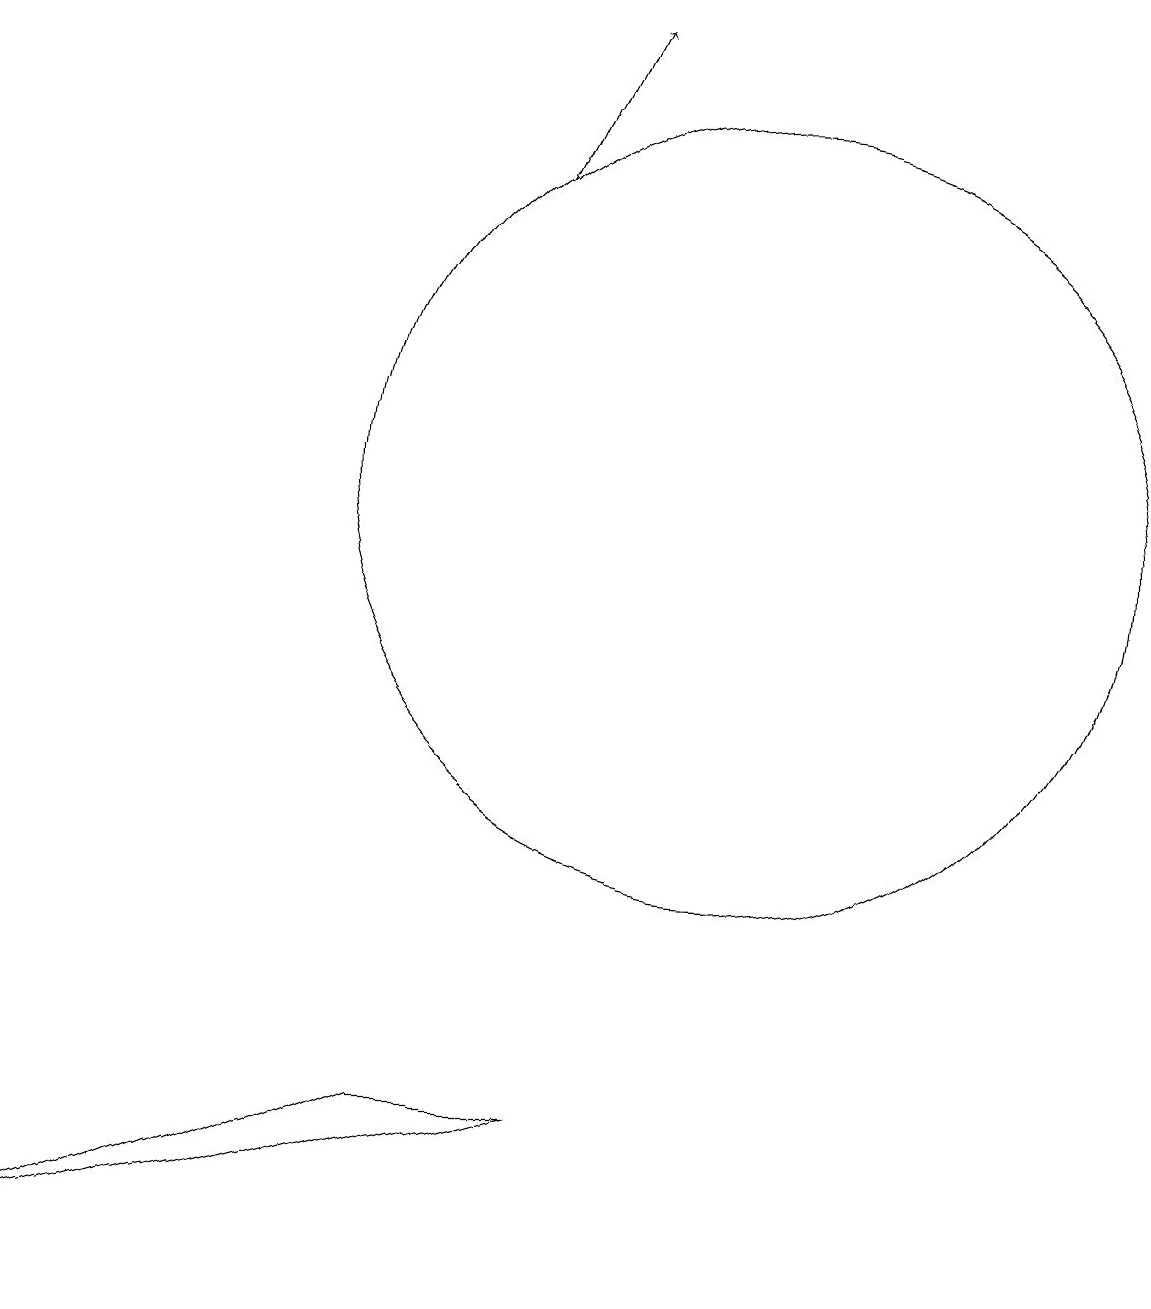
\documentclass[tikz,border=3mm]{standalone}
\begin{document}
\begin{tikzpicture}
\draw (10,12) circle (5);
\draw (6,4) -- (1,2) -- (8,4) -- cycle;
\draw[->] (7,16) -- (8,18);
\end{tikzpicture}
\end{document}